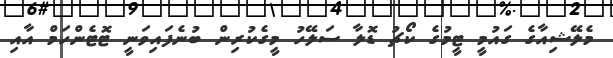
މެލޭޝިއާގެ ގައުމީ ޓީމުގެ ކޯޗު ޑޮލާ ސަލޭހު މީގެކުރިން ބުނެފައިވަނީ ޓޮޓެންހަމް އާއި